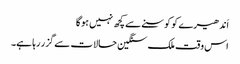
اَندھیر ے کو کوسنے سے کچھ نہیں ہوگا
اس وقت ملک سنگین حالات سے گزر رہا ہے۔